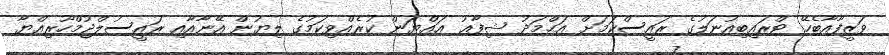
ވަޒީފާއާބެހޭ ޓްރައިބިއުނަލުގެ ރައީސްކަމަށް އަޙްމަދު ޝިފާޢު ޢައްޔަން ކުރެއްވިކަމުގެ ލިޔުން އޭނާއާއި ރައީސުލްޖުމްހޫރިއްޔާ